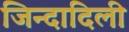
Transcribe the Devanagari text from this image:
जिन्दादिली